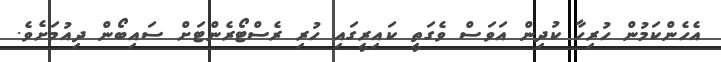
އެހެންކަމުން ހުރިހާ ކުދިން އަވަސް ވެގަތީ ކައިރީގައި ހުރި ރެސްޓޯރެންޓަށް ސައިބޯން ދިއުމަށެވެ.